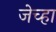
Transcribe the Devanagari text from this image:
जेच्हा